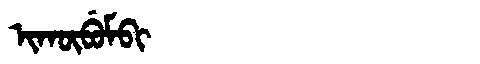
Manchu: ᡳᡴᡡᠪᡠᠮᠪᡳ
Romanization: IKŪBUMBI